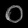
Digit: ၀